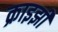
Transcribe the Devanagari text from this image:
क्राइझी